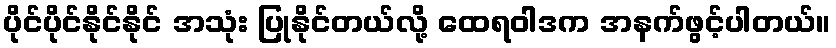
ပိုင်ပိုင်နိုင်နိုင် အသုံး ပြုနိုင်တယ်လို့ ထေရဝါဒက အနက်ဖွင့်ပါတယ်။